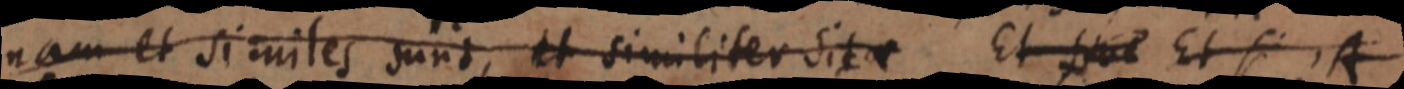
nam et similes sunt, et similiter sit _ Et _ Et si, A